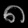
Digit: ၈